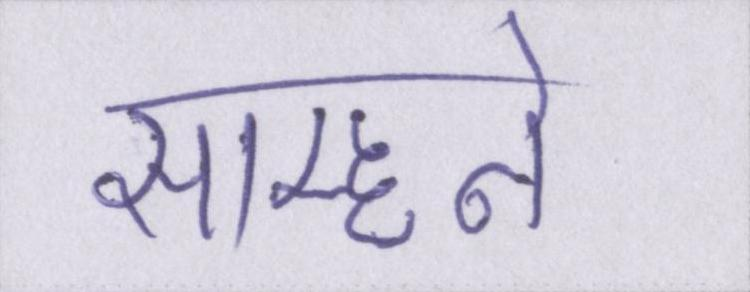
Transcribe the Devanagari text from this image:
साम्हने